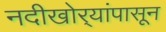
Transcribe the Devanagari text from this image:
नदीखोर्‍यांपासून